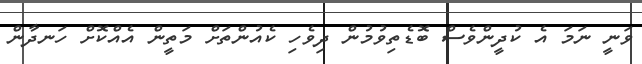
ވަނީ ނަމަ އެ ކުދީންވެސް ބޮޑެތިވުމުން ދިވެހި ކެއުންތަށް މަތީން އެއްކޮށް ހަނދާން